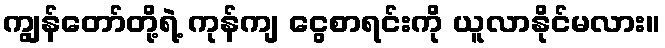
ကျွန်တော်တို့ရဲ့ ကုန်ကျ ငွေစာရင်းကို ယူလာနိုင်မလား။